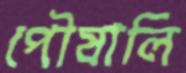
পৌষালি